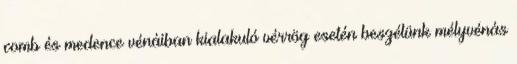
comb és medence vénáiban kialakuló vérrög esetén beszélünk mélyvénás